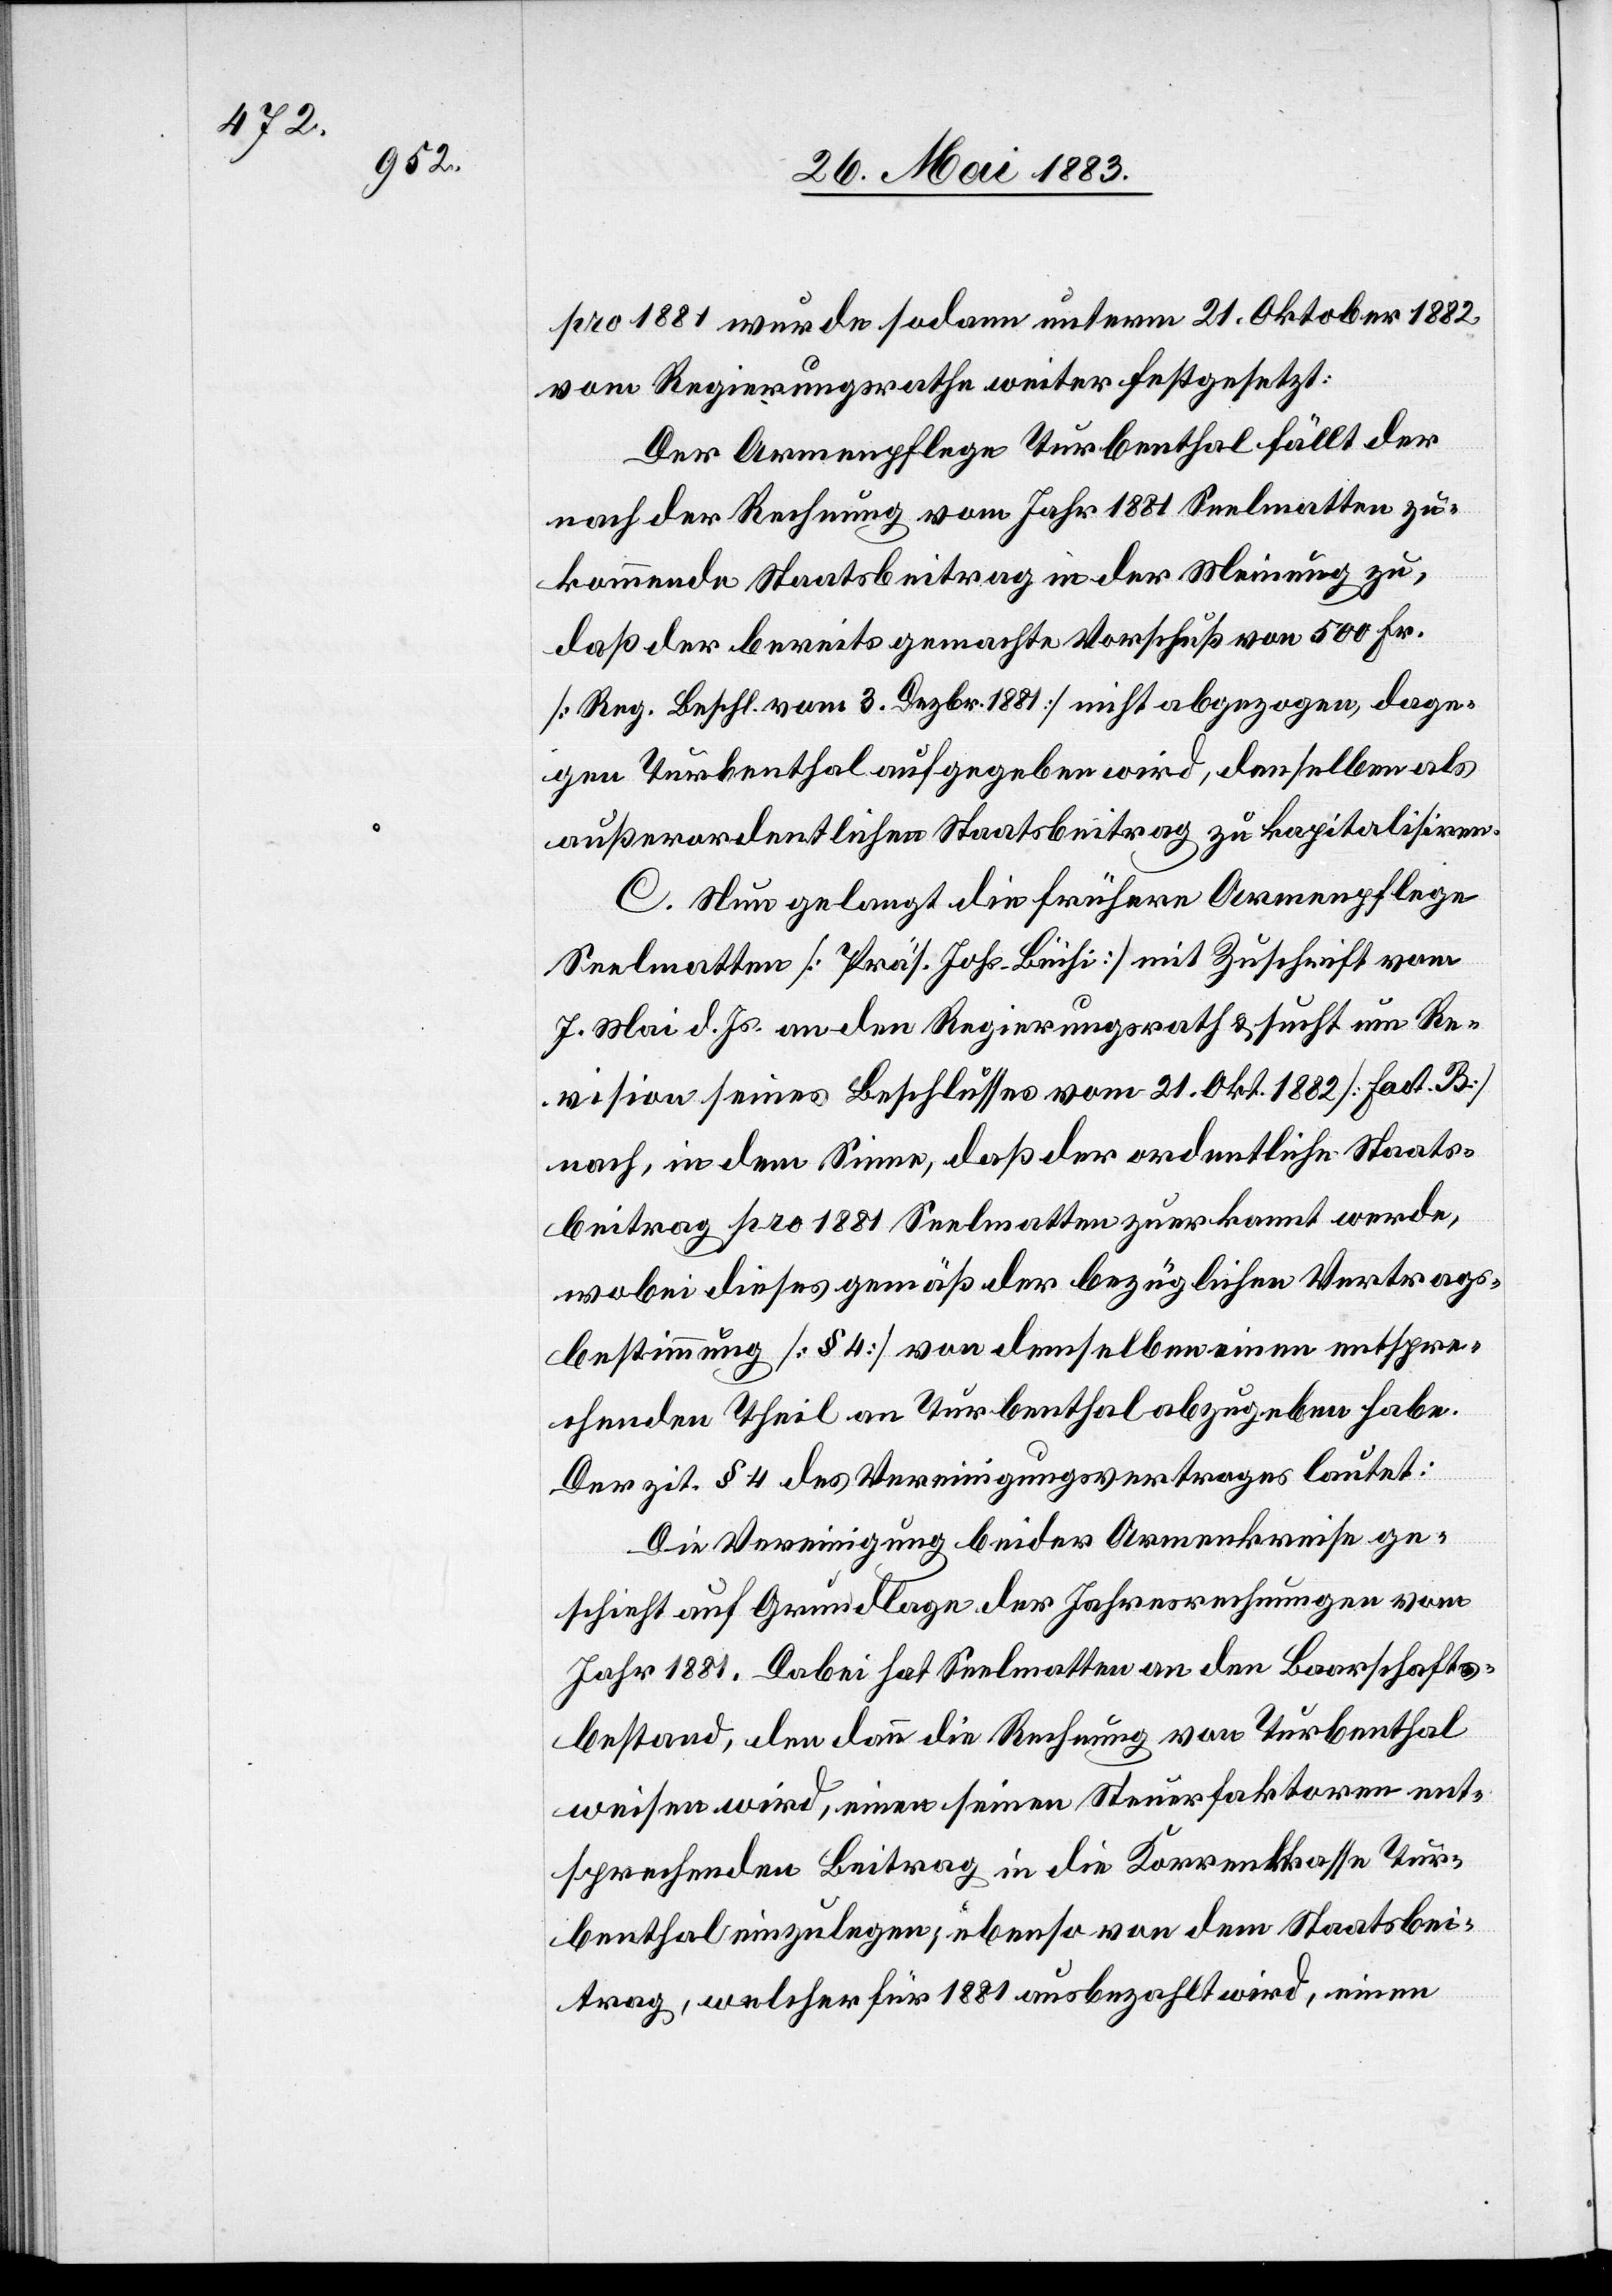
pro 1881 wurde sodann unterm 21. Oktober 1882,
vom Regierungsrathe weiter festgesetzt:
Der Armenpflege Turbenthal fällt der
nach der Rechnung vom Jahr 1881 Seelmatten zu¬
kommende Staatsbeitrag in der Meinung zu,
daß der bereits gemachte Vorschuß von 500 Fr.
[Reg. Beschl. vom 3. Dezbr. 1881] nicht abgezogen, dage¬
gen Turbenthal aufgegeben wird, denselben als
außerordentlichen Staatsbeitrag zu kapitalisiren.
C. Nun gelangt die frühere Armenpflege
Seelmatten [Präs. Johs. Büchi] mit Zuschrift vom
7. Mai d. Js. an den Regierungsrath & sucht um Re¬
vision seines Beschlusses vom 21. Okt. 1882 [fact. B.]
nach, in dem Sinne, daß der ordentliche Staats¬
beitrag pro 1881 Seelmatten zuerkannt werde,
wobei dieses gemäß der bezüglichen Vertrags¬
bestimmung [§ 4] von demselben einen entspre¬
chenden Theil an Turbenthal abzugeben habe.
Der zit. § 4 des Vereinigungsvertrages lautet:
Die Vereinigung beider Armenkreise ge¬
schieht auf Grundlage der Jahresrechnungen vom
Jahr 1881. Dabei hat Seelmatten an den Baarschafts¬
bestand, den dann die Rechnung von Turbenthal
weisen wird, einen seinen Steuerfaktoren ent¬
sprechenden Beitrag in die Korrentkasse Tur¬
benthal einzulegen; ebenso von dem Staatsbei¬
trag, welcher für 1881 ausbezahlt wird, einen